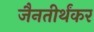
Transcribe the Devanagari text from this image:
जैनतीर्थंकर